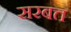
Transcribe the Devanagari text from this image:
सरबत्त